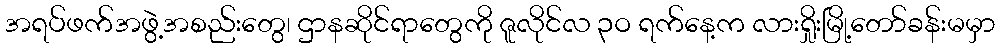
အရပ်ဖက်အဖွဲ့အစည်းတွေ၊ ဌာနဆိုင်ရာတွေကို ဇူလိုင်လ ၃ဝ ရက်နေ့က လားရှိုးမြို့တော်ခန်းမမှာ